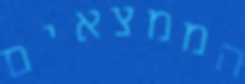
הממצאים